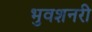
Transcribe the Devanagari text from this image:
भुवशनरी